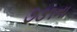
૭૩૧ના